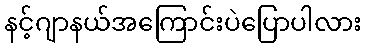
နင့်ဂျာနယ်အကြောင်းပဲပြောပါလား